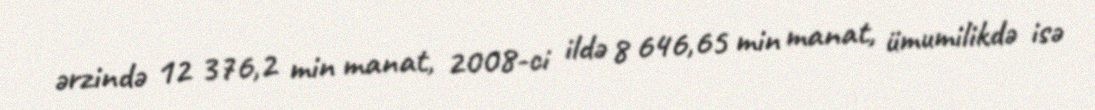
ərzində 12 376,2 min manat, 2008-ci ildə 8 646,65 min manat, ümumilikdə isə